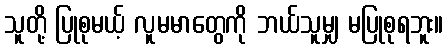
သူတို့ ပြုစုမယ့် လူမမာတွေကို ဘယ်သူမျှ မပြုစုရဘူး။